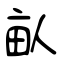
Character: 畒